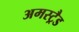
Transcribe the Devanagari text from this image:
अमस्ट्रैड